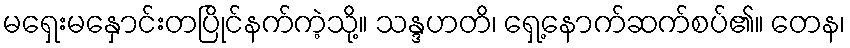
မရှေးမနှောင်းတပြိုင်နက်ကဲ့သို့။ သန္ဒဟတိ၊ ရှေ့နောက်ဆက်စပ်၏။ တေန၊